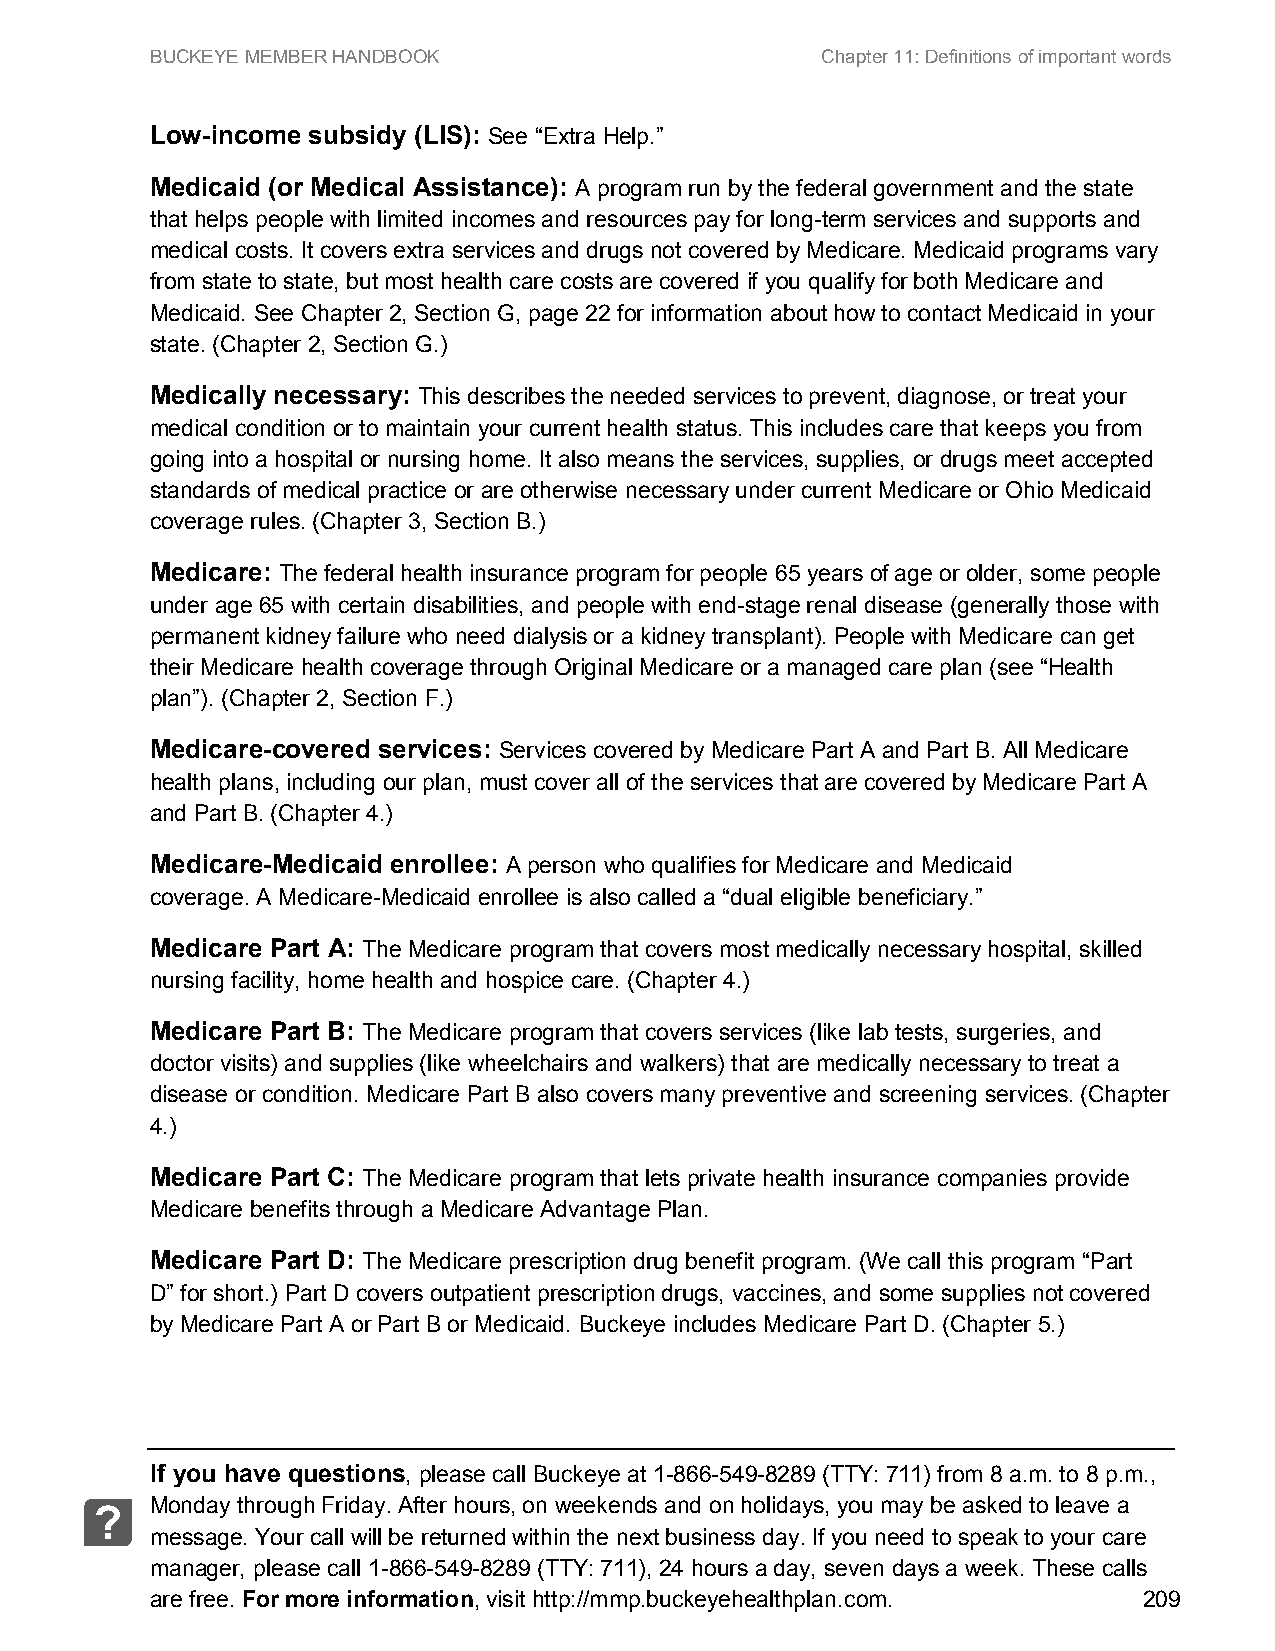
BUCKEYE MEMBER HANDBOOK                     Chapter 11: Definitions of important words
 Low-income subsidy (LIS): See “Extra Help.”
 Medicaid (or Medical Assistance): A program run by the federal government and the state
 that helps people with limited incomes and resources pay for long-term services and supports and
 medical costs. It covers extra services and drugs not covered by Medicare. Medicaid programs vary
 from state to state, but most health care costs are covered if you qualify for both Medicare and
 Medicaid. See Chapter 2, Section G, page 22 for information about how to contact Medicaid in your
 state. (Chapter 2, Section G.)
 Medically necessary: This describes the needed services to prevent, diagnose, or treat your
 medical condition or to maintain your current health status. This includes care that keeps you from
 going into a hospital or nursing home. It also means the services, supplies, or drugs meet accepted
 standards of medical practice or are otherwise necessary under current Medicare or Ohio Medicaid
 coverage rules. (Chapter 3, Section B.)
 Medicare: The federal health insurance program for people 65 years of age or older, some people
 under age 65 with certain disabilities, and people with end-stage renal disease (generally those with
 permanent kidney failure who need dialysis or a kidney transplant). People with Medicare can get
 their Medicare health coverage through Original Medicare or a managed care plan (see “Health
 plan”). (Chapter 2, Section F.)
 Medicare-covered services: Services covered by Medicare Part A and Part B. All Medicare
 health plans, including our plan, must cover all of the services that are covered by Medicare Part A
 and Part B. (Chapter 4.)
 Medicare-Medicaid enrollee: A person who qualifies for Medicare and Medicaid
 coverage. A Medicare-Medicaid enrollee is also called a “dual eligible beneficiary.”
 Medicare Part A: The Medicare program that covers most medically necessary hospital, skilled
 nursing facility, home health and hospice care. (Chapter 4.)
 Medicare Part B: The Medicare program that covers services (like lab tests, surgeries, and
 doctor visits) and supplies (like wheelchairs and walkers) that are medically necessary to treat a
 disease or condition. Medicare Part B also covers many preventive and screening services. (Chapter
 4.)
 Medicare Part C: The Medicare program that lets private health insurance companies provide
 Medicare benefits through a Medicare Advantage Plan.
 Medicare Part D: The Medicare prescription drug benefit program. (We call this program “Part
 D” for short.) Part D covers outpatient prescription drugs, vaccines, and some supplies not covered
 by Medicare Part A or Part B or Medicaid. Buckeye includes Medicare Part D. (Chapter 5.)
 If you have questions, please call Buckeye at 1-866-549-8289 (TTY: 711) from 8 a.m. to 8 p.m.,
 Monday through Friday. After hours, on weekends and on holidays, you may be asked to leave a
 ?
 message. Your call will be returned within the next business day. If you need to speak to your care
 manager, please call 1-866-549-8289 (TTY: 711), 24 hours a day, seven days a week. These calls
 are free. For more information, visit http://mmp.buckeyehealthplan.com. 209